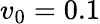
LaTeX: v_{0}=0.1